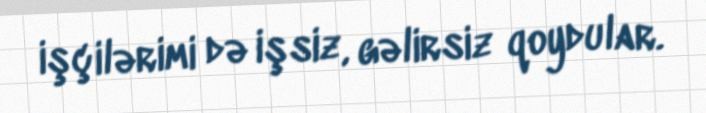
işçilərimi də işsiz, gəlirsiz qoydular.